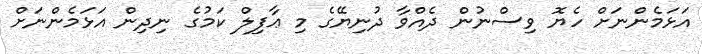
އަޅަމެންނަށް ހެޔޮ ވިސްނުން ދެއްވާ ދުނިޔޭގެ މި ޢާފިލް ކަމުގެ ނިދިން އަޅަމެންނަށް